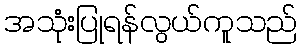
အသုံးပြုရန်လွယ်ကူသည်